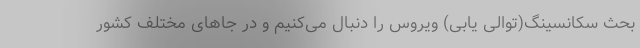
بحث سکانسینگ(توالی یابی) ویروس را دنبال می‌کنیم و در جاهای مختلف کشور